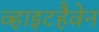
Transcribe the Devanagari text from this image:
व्हाइटहैवेन